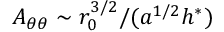
A _ { \theta \theta } \sim r _ { 0 } ^ { 3 / 2 } / ( a ^ { 1 / 2 } h ^ { * } )